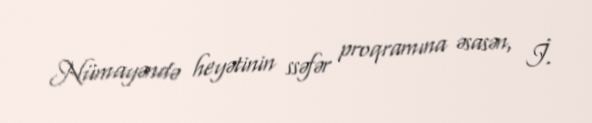
Nümayəndə heyətinin ssəfər proqramına əsasən, İ.